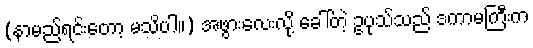
(နာမည်ရင်းတော့ မသိပါ။) အဖွားလေးလို့ ခေါ်တဲ့ ဥပုသ်သည် ဒကာမကြီးက